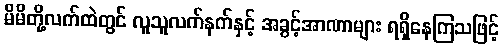
မိမိတို့လက်ထဲတွင် လူသူလက်နက်နှင့် အခွင့်အာဏာများ ရရှိနေကြသဖြင့်